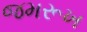
જમરૂખ